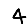
Digit: 4